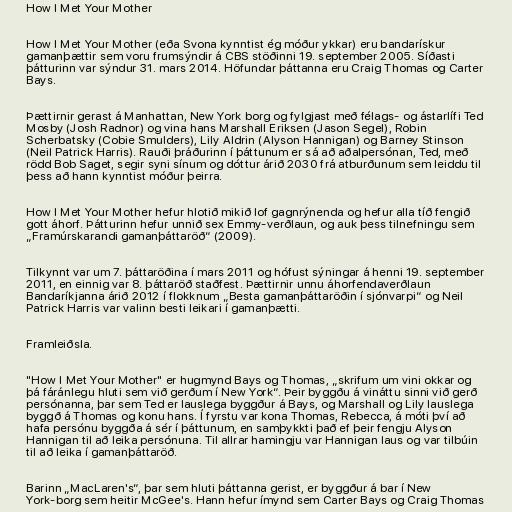
How I Met Your Mother

How I Met Your Mother (eða Svona kynntist ég móður ykkar) eru bandarískur
gamanþættir sem voru frumsýndir á CBS stöðinni 19. september 2005. Síðasti
þátturinn var sýndur 31. mars 2014. Höfundar þáttanna eru Craig Thomas og Carter
Bays.

Þættirnir gerast á Manhattan, New York borg og fylgjast með félags- og ástarlífi Ted
Mosby (Josh Radnor) og vina hans Marshall Eriksen (Jason Segel), Robin
Scherbatsky (Cobie Smulders), Lily Aldrin (Alyson Hannigan) og Barney Stinson
(Neil Patrick Harris). Rauði þráðurinn í þáttunum er sá að aðalpersónan, Ted, með
rödd Bob Saget, segir syni sínum og dóttur árið 2030 frá atburðunum sem leiddu til
þess að hann kynntist móður þeirra.

How I Met Your Mother hefur hlotið mikið lof gagnrýnenda og hefur alla tíð fengið
gott áhorf. Þátturinn hefur unnið sex Emmy-verðlaun, og auk þess tilnefningu sem
„Framúrskarandi gamanþáttaröð“ (2009).

Tilkynnt var um 7. þáttaröðina í mars 2011 og hófust sýningar á henni 19. september
2011, en einnig var 8. þáttaröð staðfest. Þættirnir unnu áhorfendaverðlaun
Bandaríkjanna árið 2012 í flokknum „Besta gamanþáttaröðin í sjónvarpi“ og Neil
Patrick Harris var valinn besti leikari í gamanþætti.

Framleiðsla.

"How I Met Your Mother" er hugmynd Bays og Thomas, „skrifum um vini okkar og
þá fáránlegu hluti sem við gerðum í New York“. Þeir byggðu á vináttu sinni við gerð
persónanna, þar sem Ted er lauslega byggður á Bays, og Marshall og Lily lauslega
byggð á Thomas og konu hans. Í fyrstu var kona Thomas, Rebecca, á móti því að
hafa persónu byggða á sér í þáttunum, en samþykkti það ef þeir fengju Alyson
Hannigan til að leika persónuna. Til allrar hamingju var Hannigan laus og var tilbúin
til að leika í gamanþáttaröð.

Barinn „MacLaren's“, þar sem hluti þáttanna gerist, er byggður á bar í New
York-borg sem heitir McGee's. Hann hefur ímynd sem Carter Bays og Craig Thomas